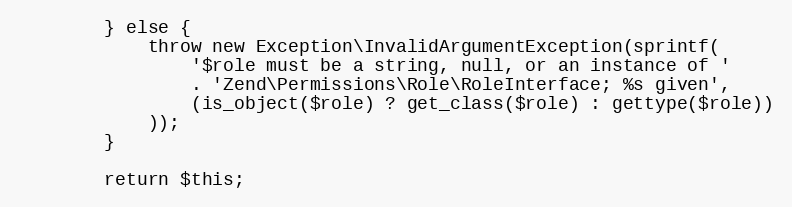
Language: PHP
        } else {
            throw new Exception\InvalidArgumentException(sprintf(
                '$role must be a string, null, or an instance of '
                . 'Zend\Permissions\Role\RoleInterface; %s given',
                (is_object($role) ? get_class($role) : gettype($role))
            ));
        }

        return $this;